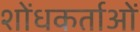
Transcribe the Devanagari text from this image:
शोंधकर्ताओं